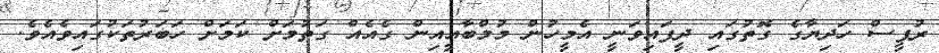
ރުޕީސް ހަދިޔާގެ ގޮތުގައި ދީފައިވަނީ އެމީހުން މުމްބާއީއިން ގެއެއް ގަތުމަށް ކަމަށް ހަބަރުތަކުގައިވެއެވެ.